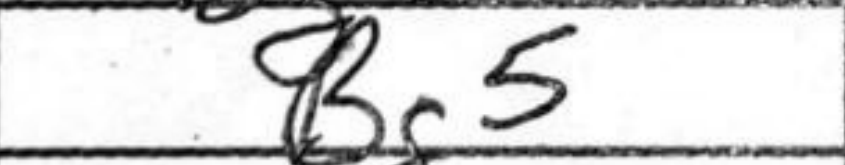
Transcription: Bg5